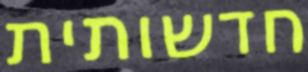
חדשותית